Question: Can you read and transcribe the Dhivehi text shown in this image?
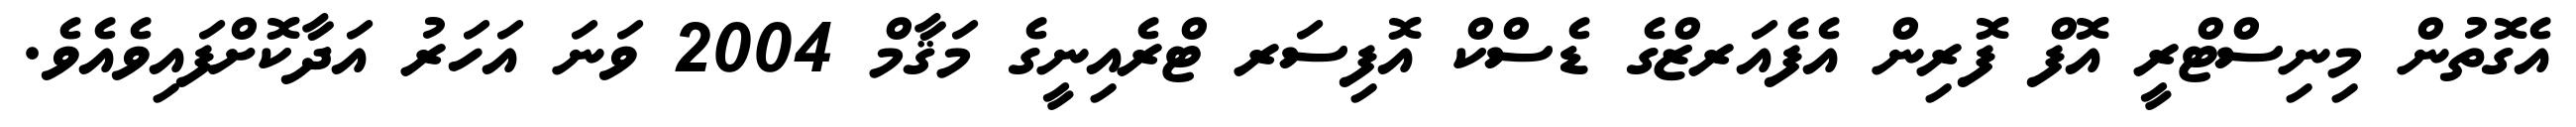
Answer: އެގޮތުން މިނިސްޓްރީ އޮފް ފޮރިން އެފެއަރޒްގެ ޑެސްކް އޮފިސަރ ޓްރެއިނީގެ މަޤާމް 2004 ވަނަ އަހަރު އަދާކޮށްފައިވެއެވެ.